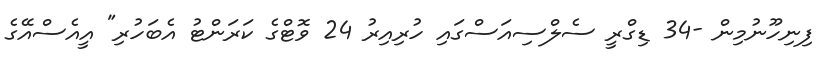
ފިނިހޫނުމިން -34 ޑިގްރީ ސެލްސިއަސްގައި ހުރިއިރު 24 ވޮޓްގެ ކަރަންޓު އެބަހުރި" އީއެސްއޭގެ